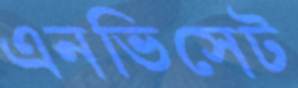
এনভিসেট